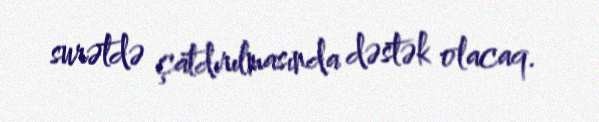
surətdə çatdırılmasında dəstək olacaq.